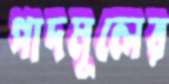
পাদমূলের